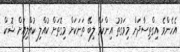
އެހެންވެ އިގްތިސާދަށް މިވަގުތު އިންކަމް ލިބޭ ތަނަކަށް މިގޮތަށް ކުއްލި ކުއްލިއަށް ޝޮކް